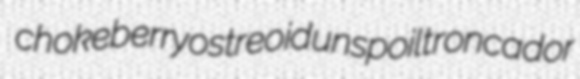
chokeberry ostreoid unspoilt roncador